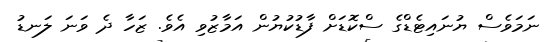
ނަމަވެސް ޔުނައިޓެޑްގެ ސްކޮޑަށް ފާޑުކުޔުން އަމާޒުވި އެވެ. ޒަހާ ދެ ވަނަ ލަނޑު